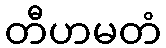
တီဟမတံ